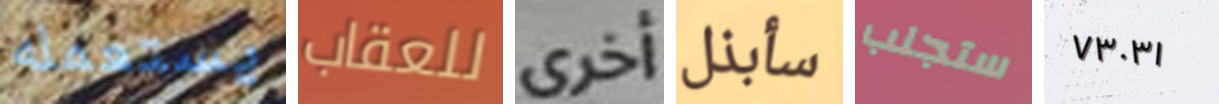
يستعمله للعقاب أخرى سأبذل ستجلب ٧٣٠٣١